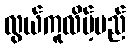
လွယ်ကူလိမ့်မည်